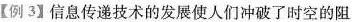
【例3】信息传递技术的发展使人们冲破了时空的阻